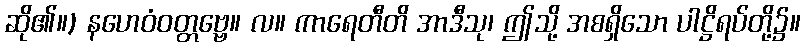
ဆို၏။) နဟေဝံဝတ္တဗ္ဗေ။ လ။ ကာရေတီတိ အာဒီသု၊ ဤသို့ အစရှိသော ပါဋ္ဌိရပ်တို့၌။